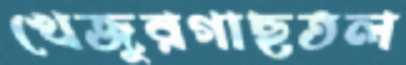
খেজুরগাছতল